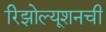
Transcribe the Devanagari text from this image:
रिझोल्यूशनची